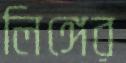
লিঙ্গের